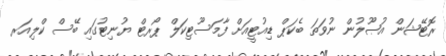
ރޮޓޭޝަން އުޞޫލުން ނުވަތަ ބެކަޕް ޑިއުޓީއަށް ފާމަސޫޓިކަލް ޕޯރޓް ޔުނިޓުގައި ބޭސް ކްލިއަރ